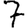
Digit: 7